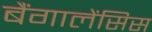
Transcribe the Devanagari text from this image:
बैंगालेंसिस